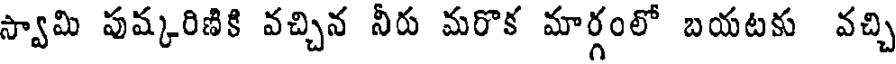
స్వామి పుష్కరిణికి వచ్చిన నీరు మరొక మార్గంలో బయటకు వచ్చి